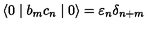
\langle 0 \mid b _ { m } c _ { n } \mid 0 \rangle = { \varepsilon } _ { n } { \delta } _ { n + m }